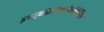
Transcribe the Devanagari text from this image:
इम्यूनोइलेक्ट्रोफोरेसिस